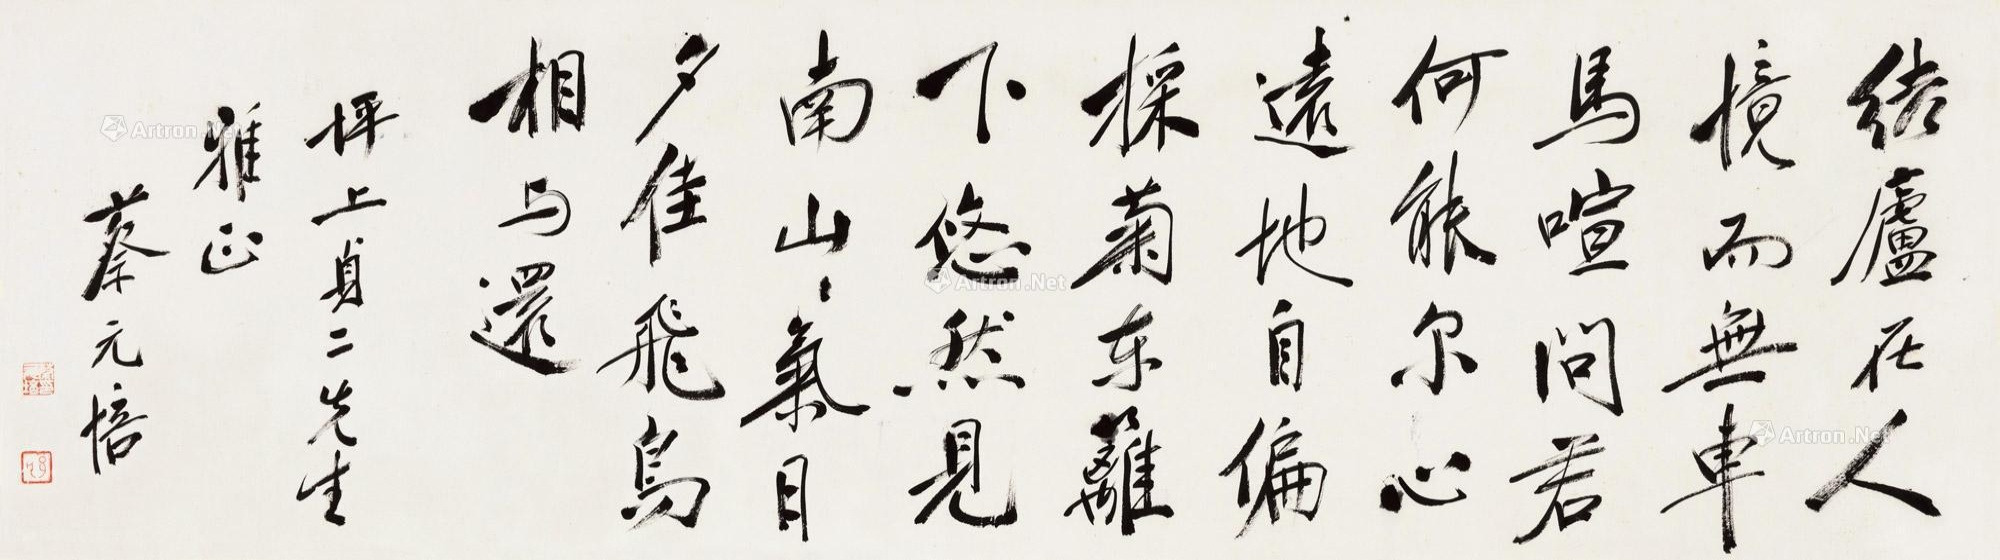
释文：结庐在人境，而无车马喧。问君何能尔？心远地自偏。采菊东篱下，悠然见南山。山气日夕佳，飞鸟相与还。坪上贞二先生雅正，蔡元培。